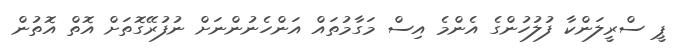
ޕީ ސްރީލަންކާ ފުލުހުންގެ އެންމެ އިސް މަގާމުތައް އަންހެނުންނަށް ނުފުރޭގޮތަށް އޮތް އޮތުން